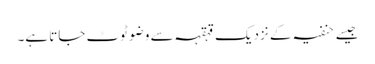
جیسے حنفیہ کے نزدیک قہقہہ سے وضو ٹوٹ جاتا ہے۔